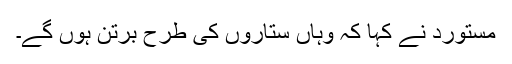
مستورد نے کہا کہ وہاں ستاروں کی طرح برتن ہوں گے۔